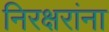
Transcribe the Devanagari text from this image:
निरक्षरांना